Lunatic asylums in Bengal annual reports 1888-1898 - 1888-1898
Year: 1888
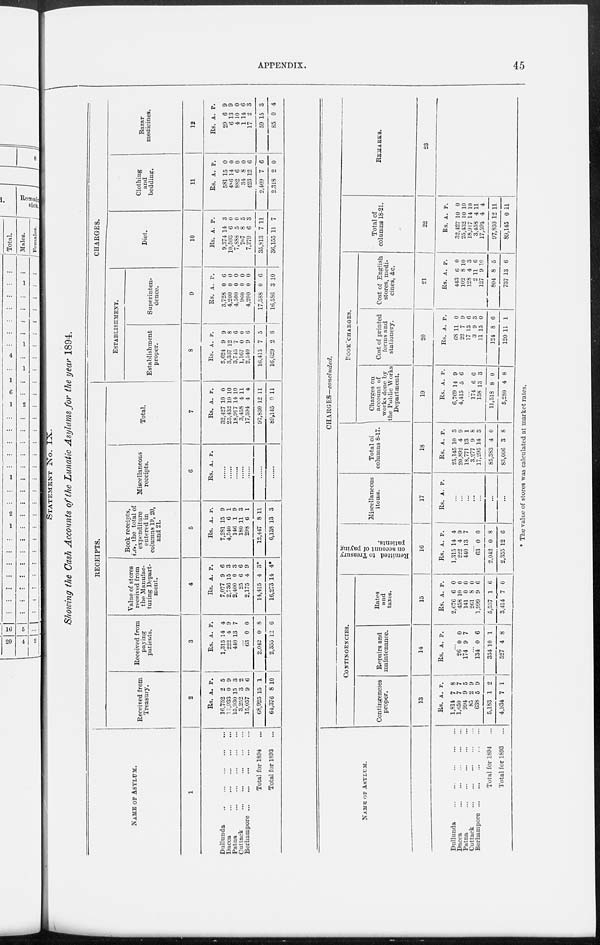
APPENDIX.
45
STATEMENT No. IX.
Showing the Cash Accounts of the Lunatic Asylums for the year 1894.
NAME OF ASYLUM.
1
Dullunda
...
...
...
...
...
Dacca
...
...
...
...
...
Patna
...
...
...
...
...
Cuttack
...
...
...
...
...
Berhampore
...
...
...
...
...
Total for 1894 ...
Total for 1893 ...
RECEIPTS.
Received from
Treasury.
2
Rs.
16,752
77,933
15,930
3,252
15,057
68,925
64,376
A.
2
0
15
3
9
15
8
P.
5
9
3
2
6
1
10
Received from
paying
patients.
3
Rs.
1,315
222
440
A.
14
4
13
P.
4
9
7
...
63
2,042
2,355
0
0
12
0
8
6
Value of stores
received from
the Manufac-
turing Depart-
ment.
4
Rs.
7,077
2,736
2,400
25
2,175
14,415
16,273
A.
9
15
0
6
4
4
14
P.
6
3
3
6
9
3*
4*
Book receipts,
i.e., the total of
expenditure
entered in
columns 19, 20,
and 21.
5
Rs.
7,281
4,540
146
180
298
12,447
6,138
A.
15
6
1
11
6
8
13
P.
9
1
9
3
1
11
3
Miscellaneous
receipts.
6
Rs. A. P.
......
......
......
......
......
......
......
Total.
7
Rs.
32,427
25,432
18,917
3,458
17,594
97,830
89,145
A.
10
10
14
4
4
12
0
P.
0
10
10
11
4
11
11
CHARGES.
ESTABLISHMENT.
Establishment
proper.
8
Rs.
5,624
3,337
3,745
1,167
2,540
16,415
16,629
A.
9
12
7
0
9
7
2
P.
9
8
6
0
6
5
8
Superinten-
dence.
9
Rs.
3,728
4,200
4,500
960
4,200
17,588
16,586
A.
0
0
0
0
0
0
3
P.
6
0
0
0
0
6
10
Diet.
10
Rs.
9,374
10,503
7,888
767
7,279
35,813
36,155
A.
14
6
5
8
6
7
11
P.
3
0
0
5
3
11
7
Clothing
and
bedding.
11
Rs.
581
486
882
34
423
2,409
2,318
A.
15
14
6
8
12
7
2
P.
0
0
0
0
6
6
0
Bazar
medicines.
12
Rs.
29
6
4
1
17
59
85
A.
6
13
10
14
2
15
0
P.
9
9
0
6
3
3
4
NAME OF ASYLUM.
Dullunda
...
...
...
...
...
Dacca
...
...
...
...
...
Patna ... ... ... ... ...
Cuttack
...
...
...
...
...
Berhampore
...
...
...
...
...
Total for 1894 ...
Total for 1893 ...
CHARGES—concluded.
CONTINGENCIES.
Contingencies
proper.
13
Rs.
1,814
1,650
994
85
638
5,183
4,934
A.
7
7
9
2
5
1
7
P.
8
7
5
9
9
2
1
Repairs and
maintenance.
14
Rs. A. P.
...
26
174
0
9
0
7
... 134
334
527
0
10
4
6
1
8
Rates
and
taxes.
15
Rs.
2,676
458
141
261
1,999
5,537
3,414
A.
6
10
0
8
9
1
7
P.
0
0
0
0
6
6
0
Remitted to Treasury
on account of paying
patients.
16
Rs.
1,315
222
440
A.
14
4
13
P.
4
9
7
...
63
2,042
2,355
0
0
12
0
8
6
Miscellaneous
items.
17
Rs. A. P.
...
...
...
...
...
...
...
Total of
columns 8-17.
18
Rs.
25,145
20,892
18,771
3,277
17,295
85,383
83,006
A.
10
4
13
9
14
4
3
P.
3
9
1
8
3
0
8
BOOK CHARGES.
Charges on
account of
works done by
the Public Works
Department.
19
Rs.
6,769
4,415
A.
14
5
P.
9
6
...
174
158
11,518
5,280
6
13
8
4
6
3
0
8
Cost of printed
forms and
stationery.
20
Rs.
68
22
17
3
11
124
120
A.
11
7
13
9
15
8
11
P.
0
9
6
3
0
6
1
Cost of English
stores, medi-
cines, &c.
21
Rs.
443
102
128
2
127
804
737
A.
6
8 4
11
9
8
13
P.
0
10
3
6
10
5
6
Total of
columns 18-21.
22
Rs.
32,427
25,432
18,917
3,458
17,594
97,830
89,145
A.
10
10
14
1
4
12
0
P.
0
10
10
11
4
11
11
REMARKS.
23
* The value of stores was calculated at market rates.